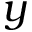
y